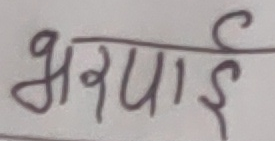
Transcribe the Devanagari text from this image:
भरपाई